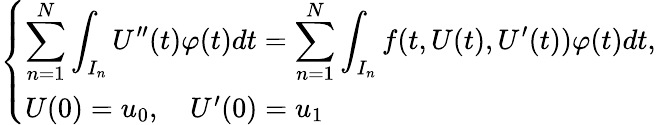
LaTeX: \begin{array}{r}{\left\{ \begin{array}{ll}{\displaystyle\sum_{n=1}^{N}\displaystyle\int_{I_{n}}U^{\prime\prime}(t)\varphi(t)dt=\displaystyle\sum_{n=1}^{N}\displaystyle\int_{I_{n}}f(t,U(t),U^{\prime}(t))\varphi(t)dt,}\\ {U(0)=u_{0},\quad U^{\prime}(0)=u_{1}}\end{array}\right.}\end{array}